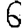
Digit: 6